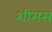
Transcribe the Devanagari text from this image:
शीमस